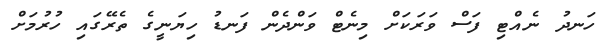
ހަނދު ނެއްޓި ފަސް ވަރަކަށް މިނެޓް ވަންދެން ފަނޑު ހިޔަނީގެ ތެރޭގައި ހުރުމަށް